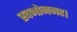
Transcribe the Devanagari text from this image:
स्वभोनगर।